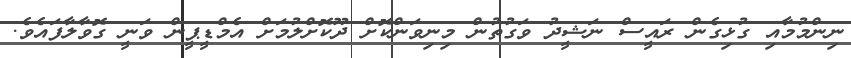
ނިންމުމާއި ގުޅިގެން ރައީސް ނަޝީދު ވަގުތުން މިނިވަންކޮށް ދޫކޮށްލުމަށް އެމްޑީޕީން ވަނީ ގޮވާލާފައެވެ.